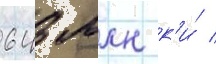
643 млн к'и́ /